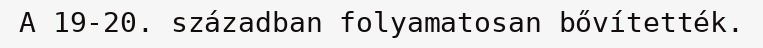
A 19-20. században folyamatosan bővítették.